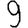
Digit: 9